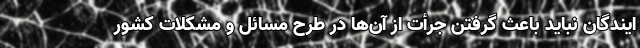
ایندگان نباید باعث گرفتن جرأت از آن‌ها در طرح مسائل و مشکلات کشور